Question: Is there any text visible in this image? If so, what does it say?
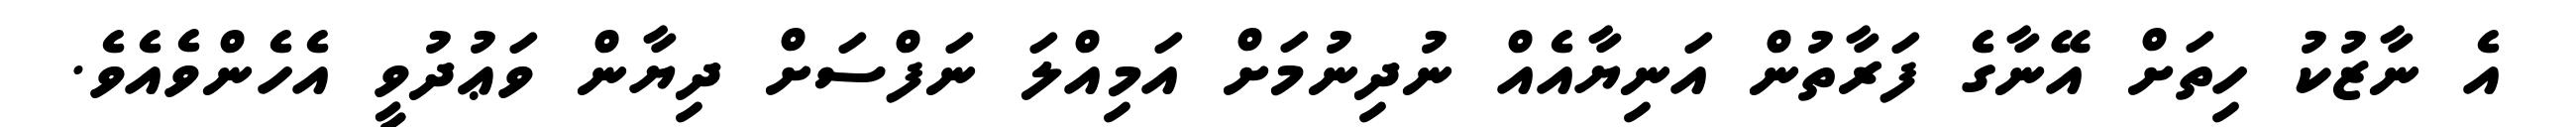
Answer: އެ ނާޒުކު ހިތަށް އޭނާގެ ފަރާތުން އަނިޔާއެއް ނުދިނުމަށް އަމިއްލަ ނަފްސަށް ދިޔާން ވަޢުދުވީ އެހެންވެއެވެ.